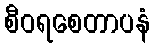
စီဝရစေတာပနံ